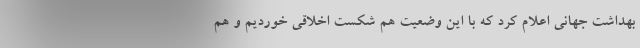
بهداشت جهانی اعلام کرد که با این وضعیت هم شکست اخلاقی خوردیم و هم